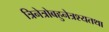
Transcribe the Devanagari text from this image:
त्रिनेत्रोबहुनेत्रश्यतथा